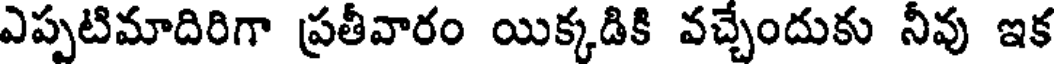
ఎప్పటిమాదిరిగా ప్రతీవారం యిక్కడికి వచ్చేందుకు నీవు ఇక